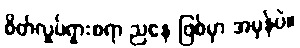
စိတ်လှုပ်ရှားစရာ ညနေ ဖြစ်မှာ အမှန်ပဲ။